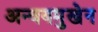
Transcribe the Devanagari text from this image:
अन्वयमुखेन